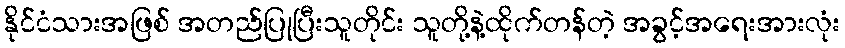
နိုင်ငံသားအဖြစ် အတည်ပြုပြီးသူတိုင်း သူတို့နဲ့ထိုက်တန်တဲ့ အခွင့်အရေးအားလုံး